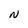
Character: N